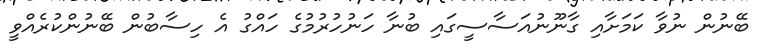
ބޭނުން ނުވާ ކަމަށާއި ގާނޫނުއަސާސީގައި ބުނާ ހަނުހުރުމުގެ ހައްގު އެ ހިސާބުން ބޭނުންކުރެއްވީ